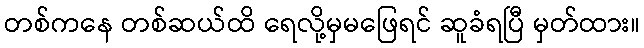
တစ်ကနေ တစ်ဆယ်ထိ ရေလို့မှမဖြေရင် ဆူခံရပြီ မှတ်ထား။